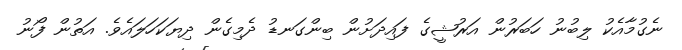
ނެގުމާއެކު ލިބުނު ހަބަރުން އަރުޝީގެ ފައިދަށުން ބިންގަނޑު ދެމިގެން ދިޔަކަހަލައެވެ. އަތުން ފޯނު